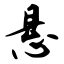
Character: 悬